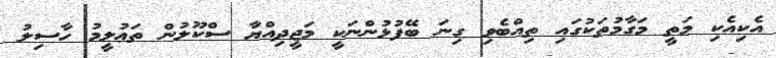
އެކިއެކި މަތީ މަގާމުތަކުގައި ތިއްބެވި ގިނަ ބޭފުޅުންނަކީ މަޖީދިއްޔާ ސްކޫލުން ތަޢުލީމު ހާސިލު